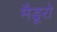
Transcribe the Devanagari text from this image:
मैडूरो